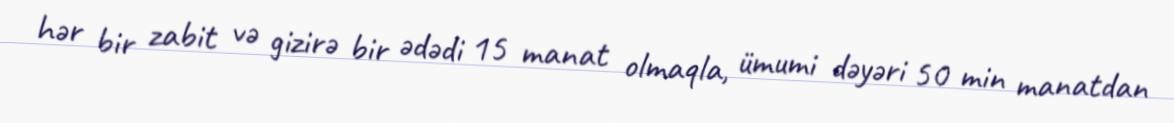
hər bir zabit və gizirə bir ədədi 15 manat olmaqla, ümumi dəyəri 50 min manatdan